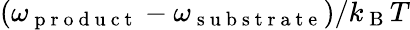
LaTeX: (\omega_{\mathrm{~p~r~o~d~u~c~t~}}-\omega_{\mathrm{~s~u~b~s~t~r~a~t~e~}})/k_{\mathrm{~B~}}T